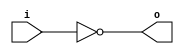
module invert (input wire i, output wire o);
   assign o = !i;
endmodule

module and2 (input wire i0, i1, output wire o);
  assign o = i0 & i1;
endmodule

module mux2 (input wire i0, i1, j, output wire o);
  assign o = (j==0)?i0:i1;
endmodule


module df (input wire clk, in, output wire out);
  reg df_out;
  always@(posedge clk) df_out <= in;
  assign out = df_out;
endmodule

module dfr (input wire clk, reset, in, output wire out);
  wire reset_, df_in, clk_, o;
  
  invert invert_0 (reset, reset_);
  and2 and2_0 (in, reset_, df_in);
  
  df df_0 (clk, df_in, o);
  df df_1 (clk_, o, out);
endmodule

module dfl(input wire clk, load, in, output wire out);
	wire _in;
	mux2 mux2_0(out, in, load, _in);
	df df_1(clk, _in, out);
endmodule